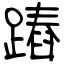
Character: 蹖